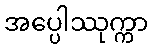
အပ္ပေါဿုက္ကာ